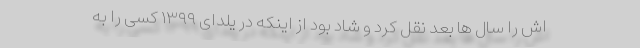
اش را سال ها بعد نقل کرد و شاد بود از اینکه در یلدای ۱۳۹۹ کسی را به